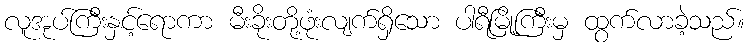
လူအုပ်ကြီးနှင့်ရောကာ မီးခိုးတို့ဖုံးလျက်ရှိသော ပါရီမြို့ကြီးမှ ထွက်လာခဲ့သည်။